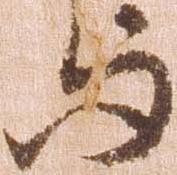
与